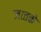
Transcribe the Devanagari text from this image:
जातके